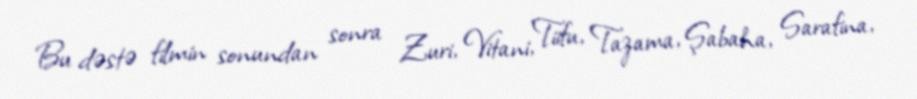
Bu dəstə filmin sonundan sonra Zuri, Vitani, Tiifu, Tazama, Şabaha, Sarafina,